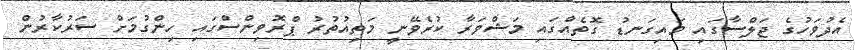
އެދުވަހުގެ ޖަލްސާގައި މައިގަނޑު ގޮތެއްގައި މަޝްވަރާ ކުރެވޭނީ މަތިއުތުރު ޕްރޮވިންސްގައި ހިންގުމަށް ސަރުކާރުން